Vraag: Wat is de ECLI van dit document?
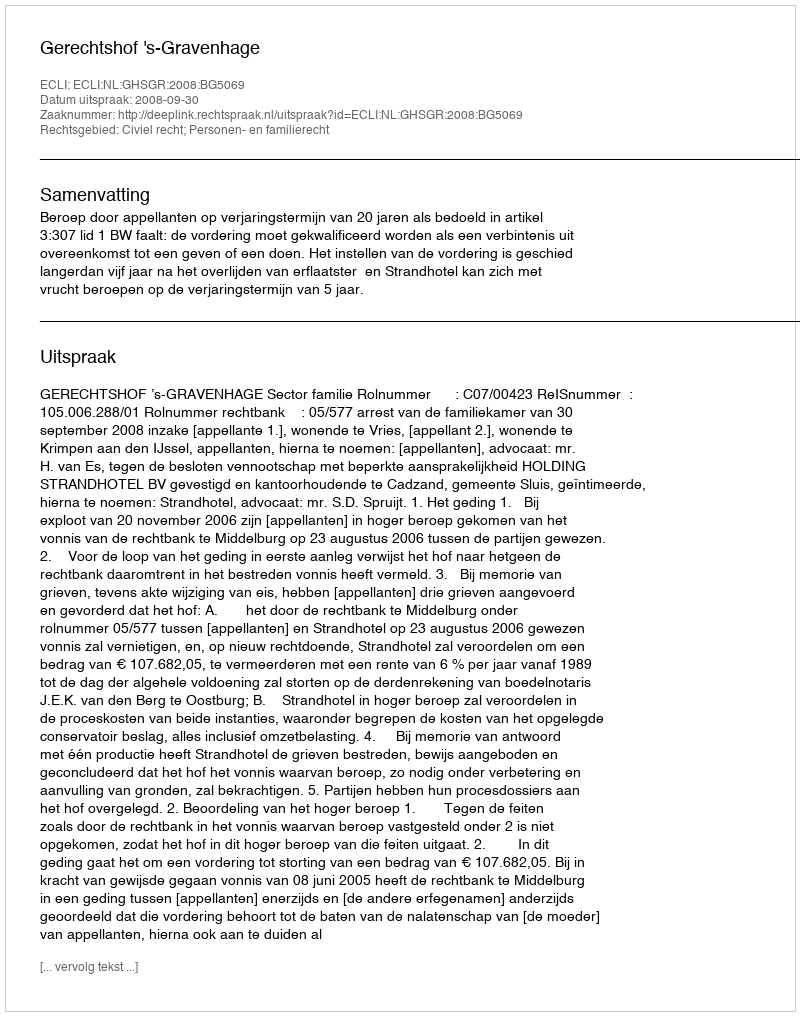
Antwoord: ECLI:NL:GHSGR:2008:BG5069